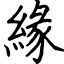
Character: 緣